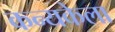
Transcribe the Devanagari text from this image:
कन्यकेला